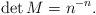
LaTeX: \begin{align*}\det{M}=n^{-n}.\end{align*}